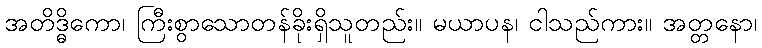
အတိဒ္ဓိကော၊ ကြီးစွာသောတန်ခိုးရှိသူတည်း။ မယာပန၊ ငါသည်ကား။ အတ္တနော၊